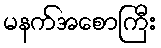
မနက်အစောကြီး